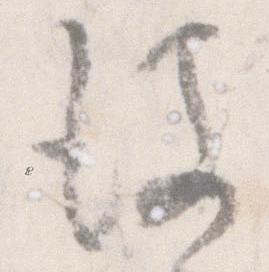
彼